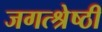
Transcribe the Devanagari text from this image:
जगत्श्रेष्ठी